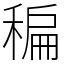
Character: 稨